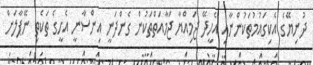
ދުނިޔޭގެ އެކިގައުމުތަކުންނާއި އެހީދޭ ޖަމިއްޔާ ޖަމާއަތްތަކުން ގެންދަނީ އިންސާނީ އެހީގެ ތަކެތި ނޭޕާލަށް